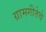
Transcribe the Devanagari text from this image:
ग्रामगीतेचे